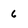
Character: 6